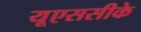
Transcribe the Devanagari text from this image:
यूएससीके